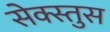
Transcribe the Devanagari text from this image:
सेक्स्तुस